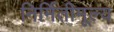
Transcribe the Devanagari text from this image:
निर्मितीमूल्य